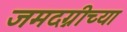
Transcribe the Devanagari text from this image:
जमदग्नीच्या